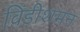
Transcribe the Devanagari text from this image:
विंडीशमन